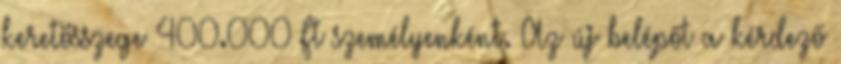
keretösszege 400.000 Ft személyenként. Az új belépőt a kérdező